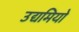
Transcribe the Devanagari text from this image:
उद्यमियो